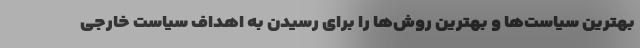
بهترین سیاست‌ها و بهترین روش‌ها را برای رسیدن به اهداف سیاست خارجی